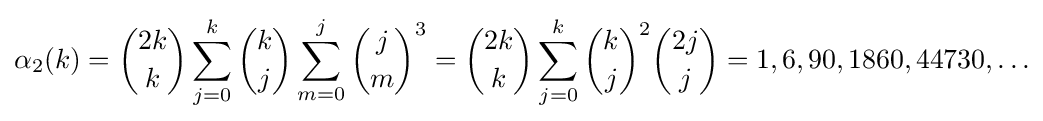
\alpha _{2}(k)={\binom {2k}{k}}\sum _{j=0}^{k}{\binom {k}{j}}\sum _{m=0}^{j}{\binom {j}{m}}^{3}={\binom {2k}{k}}\sum _{j=0}^{k}{\binom {k}{j}}^{2}{\binom {2j}{j}}=1,6,90,1860,44730,\ldots